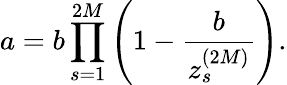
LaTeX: a=b\prod_{s=1}^{2M}\left(1-\frac{b}{z_{s}^{(2M)}}\right).